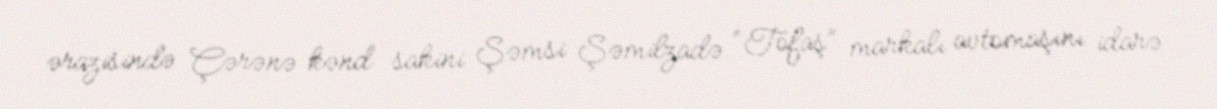
ərazisində Çərənə kənd sakini Şəmsi Şəmilzadə “Tofaş” markalı avtomaşını idarə